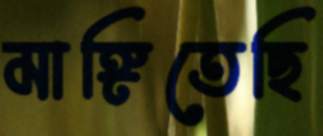
মাঙ্গিতেছি